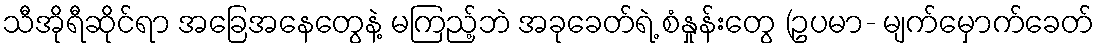
သီအိုရီဆိုင်ရာ အခြေအနေတွေနဲ့ မကြည့်ဘဲ အခုခေတ်ရဲ့ စံနှုန်းတွေ (ဥပမာ- မျက်မှောက်ခေတ်